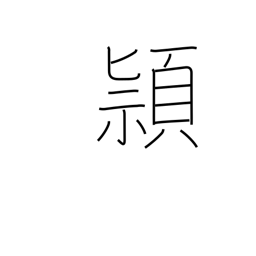
Meaning: cleverness